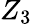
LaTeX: Z_{3}